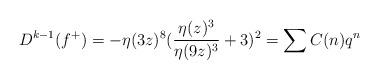
LaTeX: \begin{align*} D^{k-1}(f^{+})=-\eta ( 3z) ^{8} ( \dfrac{\eta ( z) ^{3}}{\eta (9z) ^{3}}+3) ^{2} = \sum C( n) q^{n}\end{align*}